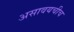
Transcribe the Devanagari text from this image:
असावयचीच